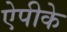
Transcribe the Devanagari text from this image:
ऐपीके